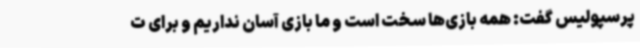
پرسپولیس گفت:‌ همه بازی‌ها سخت است و ما بازی آسان نداریم و برای ت